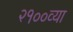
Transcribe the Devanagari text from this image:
२१००व्या